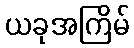
ယခုအကြိမ်